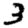
Digit: 3